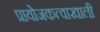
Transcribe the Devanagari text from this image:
प्रायोजकत्वाखाली